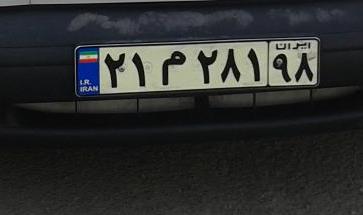
۲۱م۲۸۱۹۸